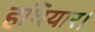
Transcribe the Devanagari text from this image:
हथियार।